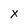
Character: x